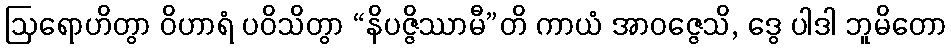
ဩရောဟိတွာ ဝိဟာရံ ပဝိသိတွာ “နိပဇ္ဇိဿာမီ”တိ ကာယံ အာဝဇ္ဇေသိ, ဒွေ ပါဒါ ဘူမိတော